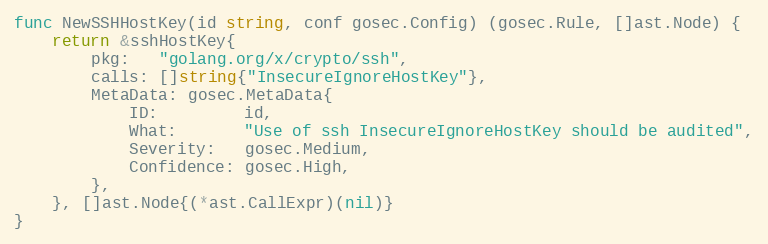
Language: Go
func NewSSHHostKey(id string, conf gosec.Config) (gosec.Rule, []ast.Node) {
	return &sshHostKey{
		pkg:   "golang.org/x/crypto/ssh",
		calls: []string{"InsecureIgnoreHostKey"},
		MetaData: gosec.MetaData{
			ID:         id,
			What:       "Use of ssh InsecureIgnoreHostKey should be audited",
			Severity:   gosec.Medium,
			Confidence: gosec.High,
		},
	}, []ast.Node{(*ast.CallExpr)(nil)}
}